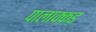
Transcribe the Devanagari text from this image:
पालाक्कड़